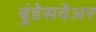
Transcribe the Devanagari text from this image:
बूंडेसवेअर